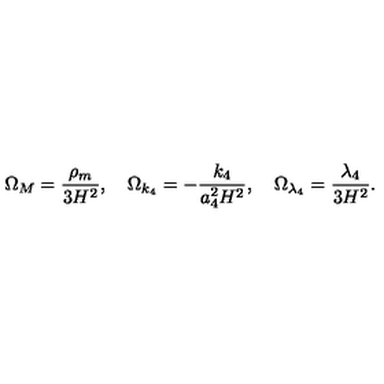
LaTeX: \Omega _ { M } = \frac { \rho _ { m } } { 3 H ^ { 2 } } , \quad \Omega _ { k _ { 4 } } = - \frac { k _ { 4 } } { a _ { 4 } ^ { 2 } H ^ { 2 } } , \quad \Omega _ { \lambda _ { 4 } } = \frac { \lambda _ { 4 } } { 3 H ^ { 2 } } .